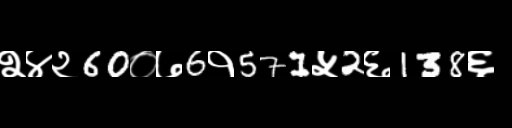
Text: २४२60०७6१571५2६138६